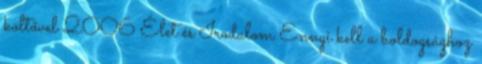
költővel 2006 Élet és Irodalom Ennyi kell a boldogsághoz